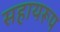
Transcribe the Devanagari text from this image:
सहायरूप